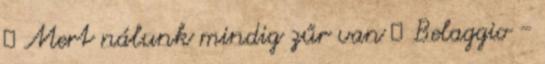
▲ Mert nálunk mindig zűr van ▲ Belaggio -